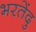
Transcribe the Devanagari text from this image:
भरतेंदु